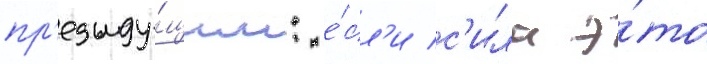
пр'едыду́щим: е́сл'и с'ила э́то